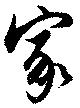
家